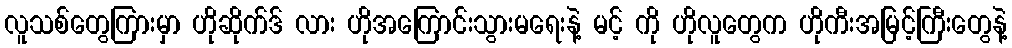
လူသစ်တွေကြားမှာ ဟိုဆိုက်ဒ် လား ဟိုအကြောင်းသွားမရေးနဲ့ မင့် ကို ဟိုလူတွေက ဟိုကီးအမြင့်ကြီးတွေနဲ့